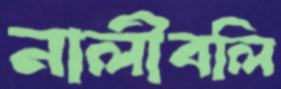
নালীবলি